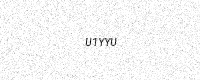
Text: U1YYU